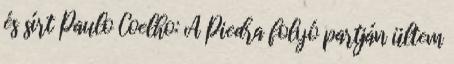
és sírt Paulo Coelho: A Piedra folyó partján ültem